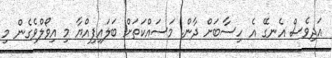
އަދިވެސް އެނގޭ އެ ހިސާބަށް ދާން. މަސައްކަތަށް ބަލައިފިއްޔާ މި އިވޯލްވެގެން މި